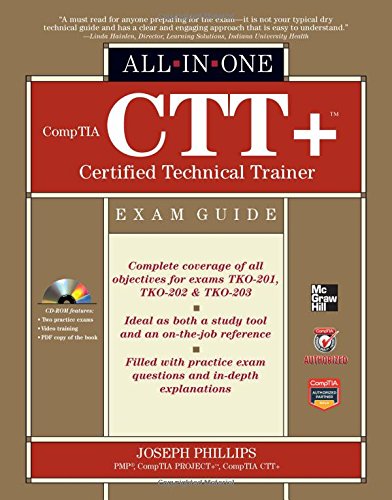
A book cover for CompTIA CTT+ Certified Technical Trainer All-in-One Exam Guide; Joseph Phillips; Education & Teaching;